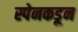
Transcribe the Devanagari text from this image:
स्पेनकडून